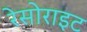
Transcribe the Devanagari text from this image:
रेसोराइट